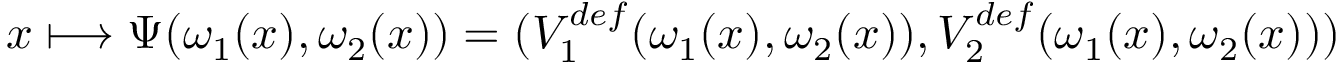
x \longmapsto \Psi ( \omega _ { 1 } ( x ) , \omega _ { 2 } ( x ) ) = ( V _ { 1 } ^ { d e f } ( \omega _ { 1 } ( x ) , \omega _ { 2 } ( x ) ) , V _ { 2 } ^ { d e f } ( \omega _ { 1 } ( x ) , \omega _ { 2 } ( x ) ) )